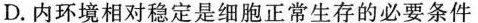
D.内环境相对稳定是细胞正常生存的必要条件